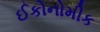
ઈકોનોમીક